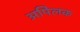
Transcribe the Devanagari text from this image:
अपिलक